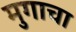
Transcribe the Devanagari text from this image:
मुगाचा